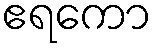
ဧရကော